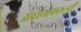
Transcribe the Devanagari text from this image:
आद्यमहाकल्पी